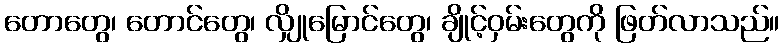
တောတွေ၊ တောင်တွေ၊ လျှိုမြောင်တွေ၊ ချိုင့်ဝှမ်းတွေကို ဖြတ်လာသည်။